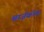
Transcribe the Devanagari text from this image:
श्वार्ज़कोफ